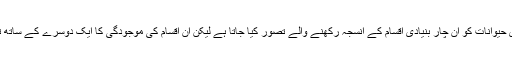
اس بات کی وضاحت اہم ہے کہ گو کثیر خلوی حیوانات کو ان چار بنیادی اقسام کے انسجہ رکھنے والے تصور کیا جاتا ہے لیکن ان اقسام کی موجودگی کا ایک دوسرے کے ساتھ تناسب مختلف حیوانات میں مختلف ہوسکتا ہے۔